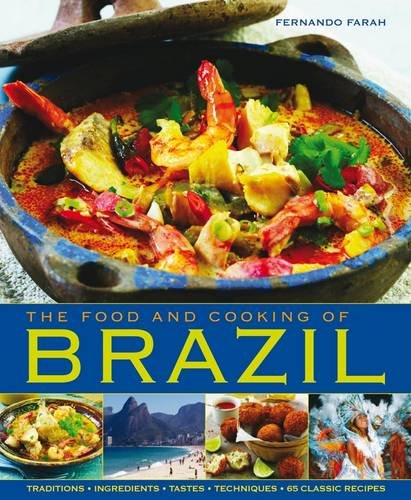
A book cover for The Food and Cooking of Brazil: Traditions, Ingredients, Tastes, Techniques, 65 Classic Recipes; Fernando Farah; Cookbooks, Food & Wine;